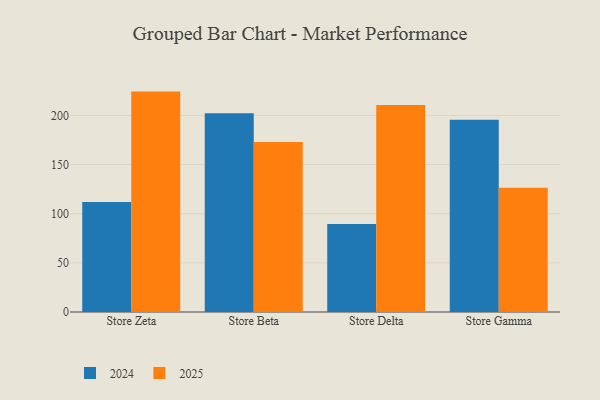
{"axis": {"x": "Store", "y": "Waste Production (Tons)"}, "legend": ["2024", "2025"], "data": [{"x": "Store Zeta", "y": 112.0, "type": "2024"}, {"x": "Store Zeta", "y": 224.2, "type": "2025"}, {"x": "Store Beta", "y": 202.2, "type": "2024"}, {"x": "Store Beta", "y": 173.0, "type": "2025"}, {"x": "Store Delta", "y": 89.4, "type": "2024"}, {"x": "Store Delta", "y": 210.5, "type": "2025"}, {"x": "Store Gamma", "y": 195.6, "type": "2024"}, {"x": "Store Gamma", "y": 126.5, "type": "2025"}]}